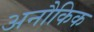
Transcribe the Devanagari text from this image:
अनौकिक